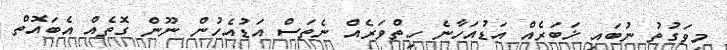
މިވަގުތު ނުބައި ޚަބަރެއް އަޑުއަހާނެ ހިތްވަރެއް ނެތަސް އަޑުއެހުން ނޫން ގޮތެއް އެބައޮތް